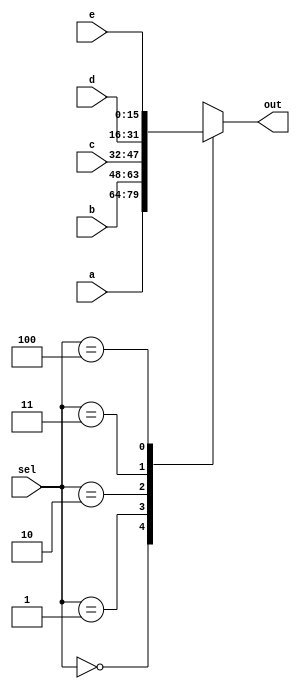
module mux5(
  input [15:0] a,
  input [15:0] b,
  input [15:0] c,
  input [15:0] d,
  input [15:0] e,
  input [2:0] sel, 
  output reg   [15:0] out);
  
  always @(*)
  begin
    case(sel)
      3'b000 : out=a;
      3'b001 : out=b;
      3'b010 : out=c;
      3'b011 : out=d;
      3'b100 : out=e;
      default : out= 16'hx;
    endcase
  end
  
endmodule